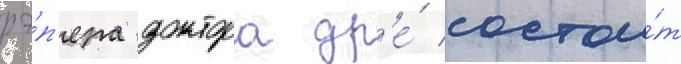
рэ́п'ера доктора др'е́ состои́т